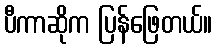
ပီကာဆိုက ပြန်ဖြေတယ်။